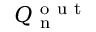
Q _ { \mathrm { ~ n ~ } } ^ { \mathrm { ~ o ~ u ~ t ~ } }